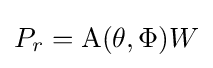
P_{r}=\mathrm {A} (\theta ,\Phi )W